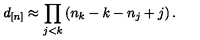
d _ { [ n ] } \approx \prod _ { j < k } \left( n _ { k } - k - n _ { j } + j \right) .